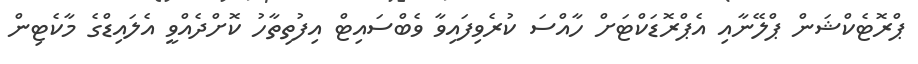
ޕްރޮޓެކްޝަން ޕްލޭނާއި އެޕްރޮޑަކްޓަށް ހާއްސަ ކުރެވިފައިވާ ވެބްސައިޓް އިފުތިތާހު ކޮށްދެއްވީ އެލައިޑްގެ މާކެޓިން